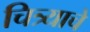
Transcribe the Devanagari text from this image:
चित्र्याचे